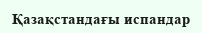
Қазақстандағы испандар